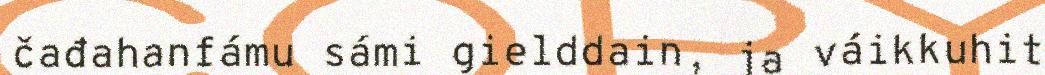
čađahanfámu sámi gielddain, ja váikkuhit